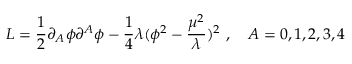
L = \frac { 1 } { 2 } \partial _ { A } \phi \partial ^ { A } \phi - \frac { 1 } { 4 } \lambda ( \phi ^ { 2 } - \frac { \mu ^ { 2 } } { \lambda } ) ^ { 2 } ~ , ~ ~ ~ A = 0 , 1 , 2 , 3 , 4